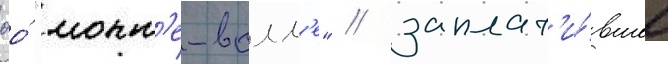
ооо́ "монт'е-валл'е" / заплат'и́вшее